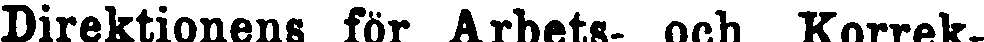
Direktionens för Arbets- och Korrek-